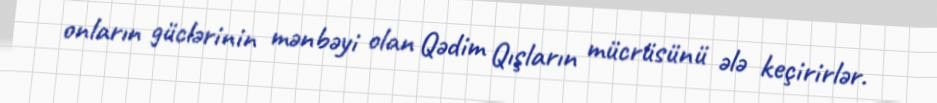
onların güclərinin mənbəyi olan Qədim Qışların mücrüsünü ələ keçirirlər.